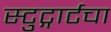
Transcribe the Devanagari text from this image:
स्टुट्गार्टचा